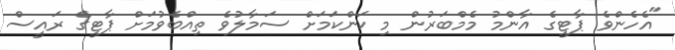
"އެހެންވެ ޕާޓީގެ އާންމު މެމްބަރުން މި ކަންކަމަށް ސަމާލުވެ ތިއްބެވުމަށް ޕާޓީގެ ރައީސް